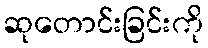
ဆုတောင်းခြင်းကို